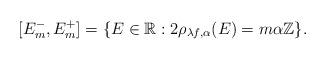
LaTeX: \begin{align*} [E_m^-,E_m^+]=\{E\in \mathbb{R}:2\rho_{\lambda f,\alpha}(E)= m\alpha \mathbb{Z} \}.\end{align*}